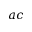
a c